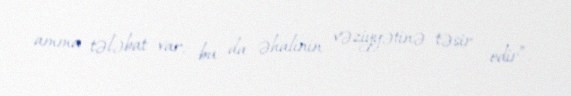
amma tələbat var, bu da əhalinin vəziyyətinə təsir edir”.